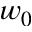
w _ { 0 }